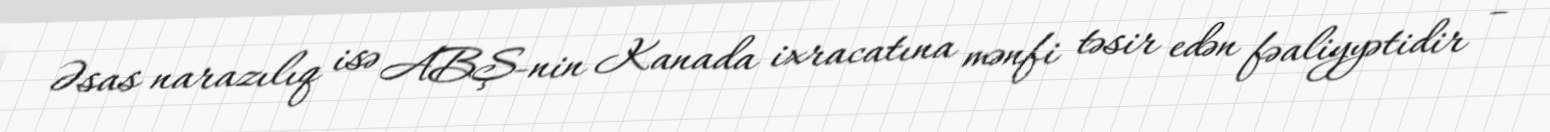
Əsas narazılıq isə ABŞ-nin Kanada ixracatına mənfi təsir edən fəaliyyətidir –